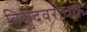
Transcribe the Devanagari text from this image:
विद्युदवरोधक